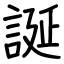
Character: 誕